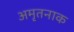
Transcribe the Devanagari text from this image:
अमृतनाक